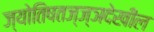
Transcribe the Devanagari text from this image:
ज्योतिषतज्ज्ञदेखील